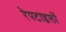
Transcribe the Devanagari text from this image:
रेपटाइलों